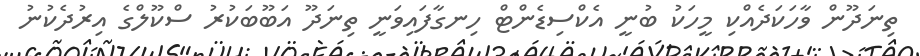
ތިނަދޫން ވާހަކަދެއްކި މީހަކު ބުނީ އެކްސިޑެންޓް ހިނގާފައިވަނީ ތިނަދޫ އަބޫބަކުރު ސްކޫލްގެ އިރުދެކުނު